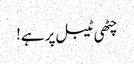
چٹھی ٹیبل پر ہے!